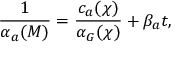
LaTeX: \frac { 1 } { \alpha _ { a } ( M ) } = \frac { c _ { a } ( \chi ) } { \alpha _ { G } ( \chi ) } + \beta _ { a } t ,